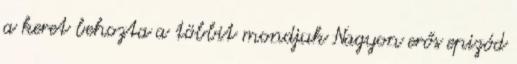
a keret behozta a többit mondjuk Nagyon erős epizód